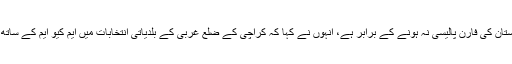
انہوں نے کہا کہ پاکستان کی فارن پالیسی نہ ہونے کے برابر ہے، انہوں نے کہا کہ کراچی کے ضلع غربی کے بلدیاتی انتخابات میں ایم کیو ایم کے ساتھ اتحاد پر افسوس ہے۔